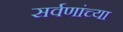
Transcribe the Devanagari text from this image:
सर्वणांच्या